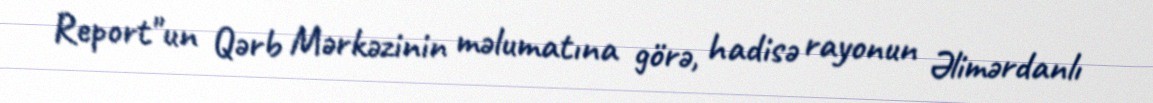
Report"un Qərb Mərkəzinin məlumatına görə, hadisə rayonun Əlimərdanlı